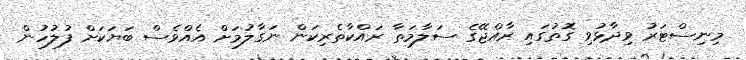
މިނިސްޓަރު ވިދާޅުވި ގޮތުގައި ރާއްޖޭގެ ސަލާމަތާ ރައްކާތެރިކަން ނަގާލުމަށް އެއްވެސް ބަޔަކަށް ފުލުހުން